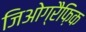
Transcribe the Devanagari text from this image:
जिओग्रैफ़िक